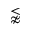
\lnapprox